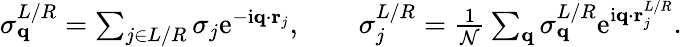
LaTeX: \begin{array}{r}{\sigma_{\mathbf{q}}^{L/R}=\sum_{j\in L/R}\sigma_{j}\mathrm{e}^{-\mathrm{i}\mathbf{q}\cdot\mathbf{r}_{j}},\qquad\sigma_{j}^{L/R}=\frac{1}{\mathcal{N}}\sum_{\mathbf{q}}\sigma_{\mathbf{q}}^{L/R}\mathrm{e}^{\mathrm{i}\mathbf{q}\cdot\mathbf{r}_{j}^{L/R}}.}\end{array}